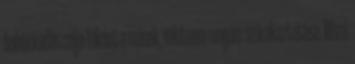
bohóckodás célja főként a mások, mintsem magam szórakoztatása. Mivel